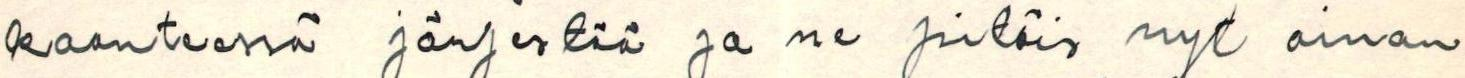
kaanteessä järjestää ja ne pitäis nyt aivan